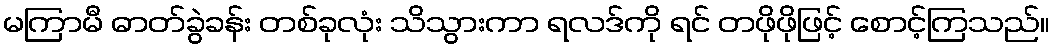
မကြာမီ ဓာတ်ခွဲခန်း တစ်ခုလုံး သိသွားကာ ရလဒ်ကို ရင် တဖိုဖိုဖြင့် စောင့်ကြသည်။